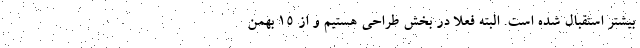
بیشتر استقبال شده است. البته فعلا در بخش طراحی هستیم و از ۱۵ بهمن